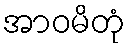
အာဝမိတုံ